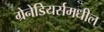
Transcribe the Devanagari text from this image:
ग्रेनेडियर्समधील